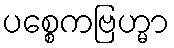
ပစ္စေကဗြဟ္မာ